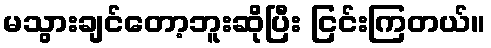
မသွားချင်တော့ဘူးဆိုပြီး ငြင်းကြတယ်။